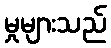
မှုများသည်